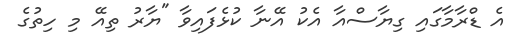
އެ ޑްރާމާގައި ގިޔާސްއާ އެކު އޭނާ ކުޅެފައިވާ "ޔާރު ތިއޭ މި ހިތުގެ